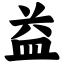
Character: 益